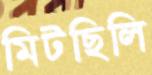
মিটছিলি